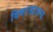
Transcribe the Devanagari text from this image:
विषरक्ताजन्य